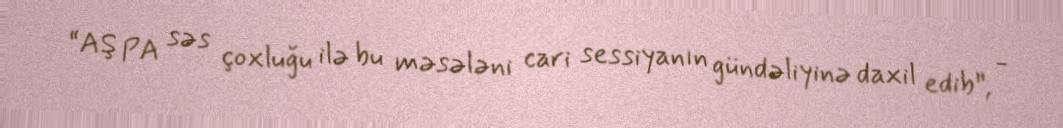
“AŞ PA səs çoxluğu ilə bu məsələni cari sessiyanın gündəliyinə daxil edib”, -